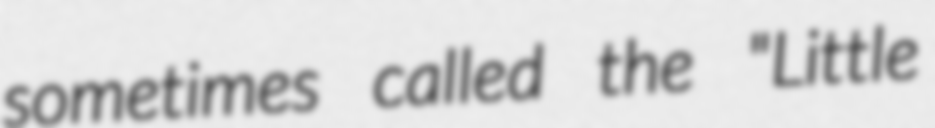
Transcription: sometimes called the "Little